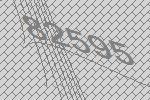
82595